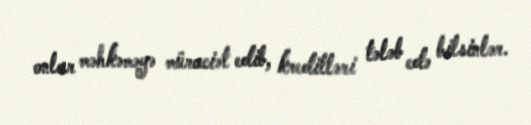
onlar məhkəməyə müraciət edib, kreditləri tələb edə bilsinlər.